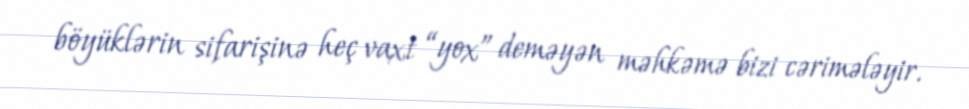
böyüklərin sifarişinə heç vaxt “yox” deməyən məhkəmə bizi cərimələyir.